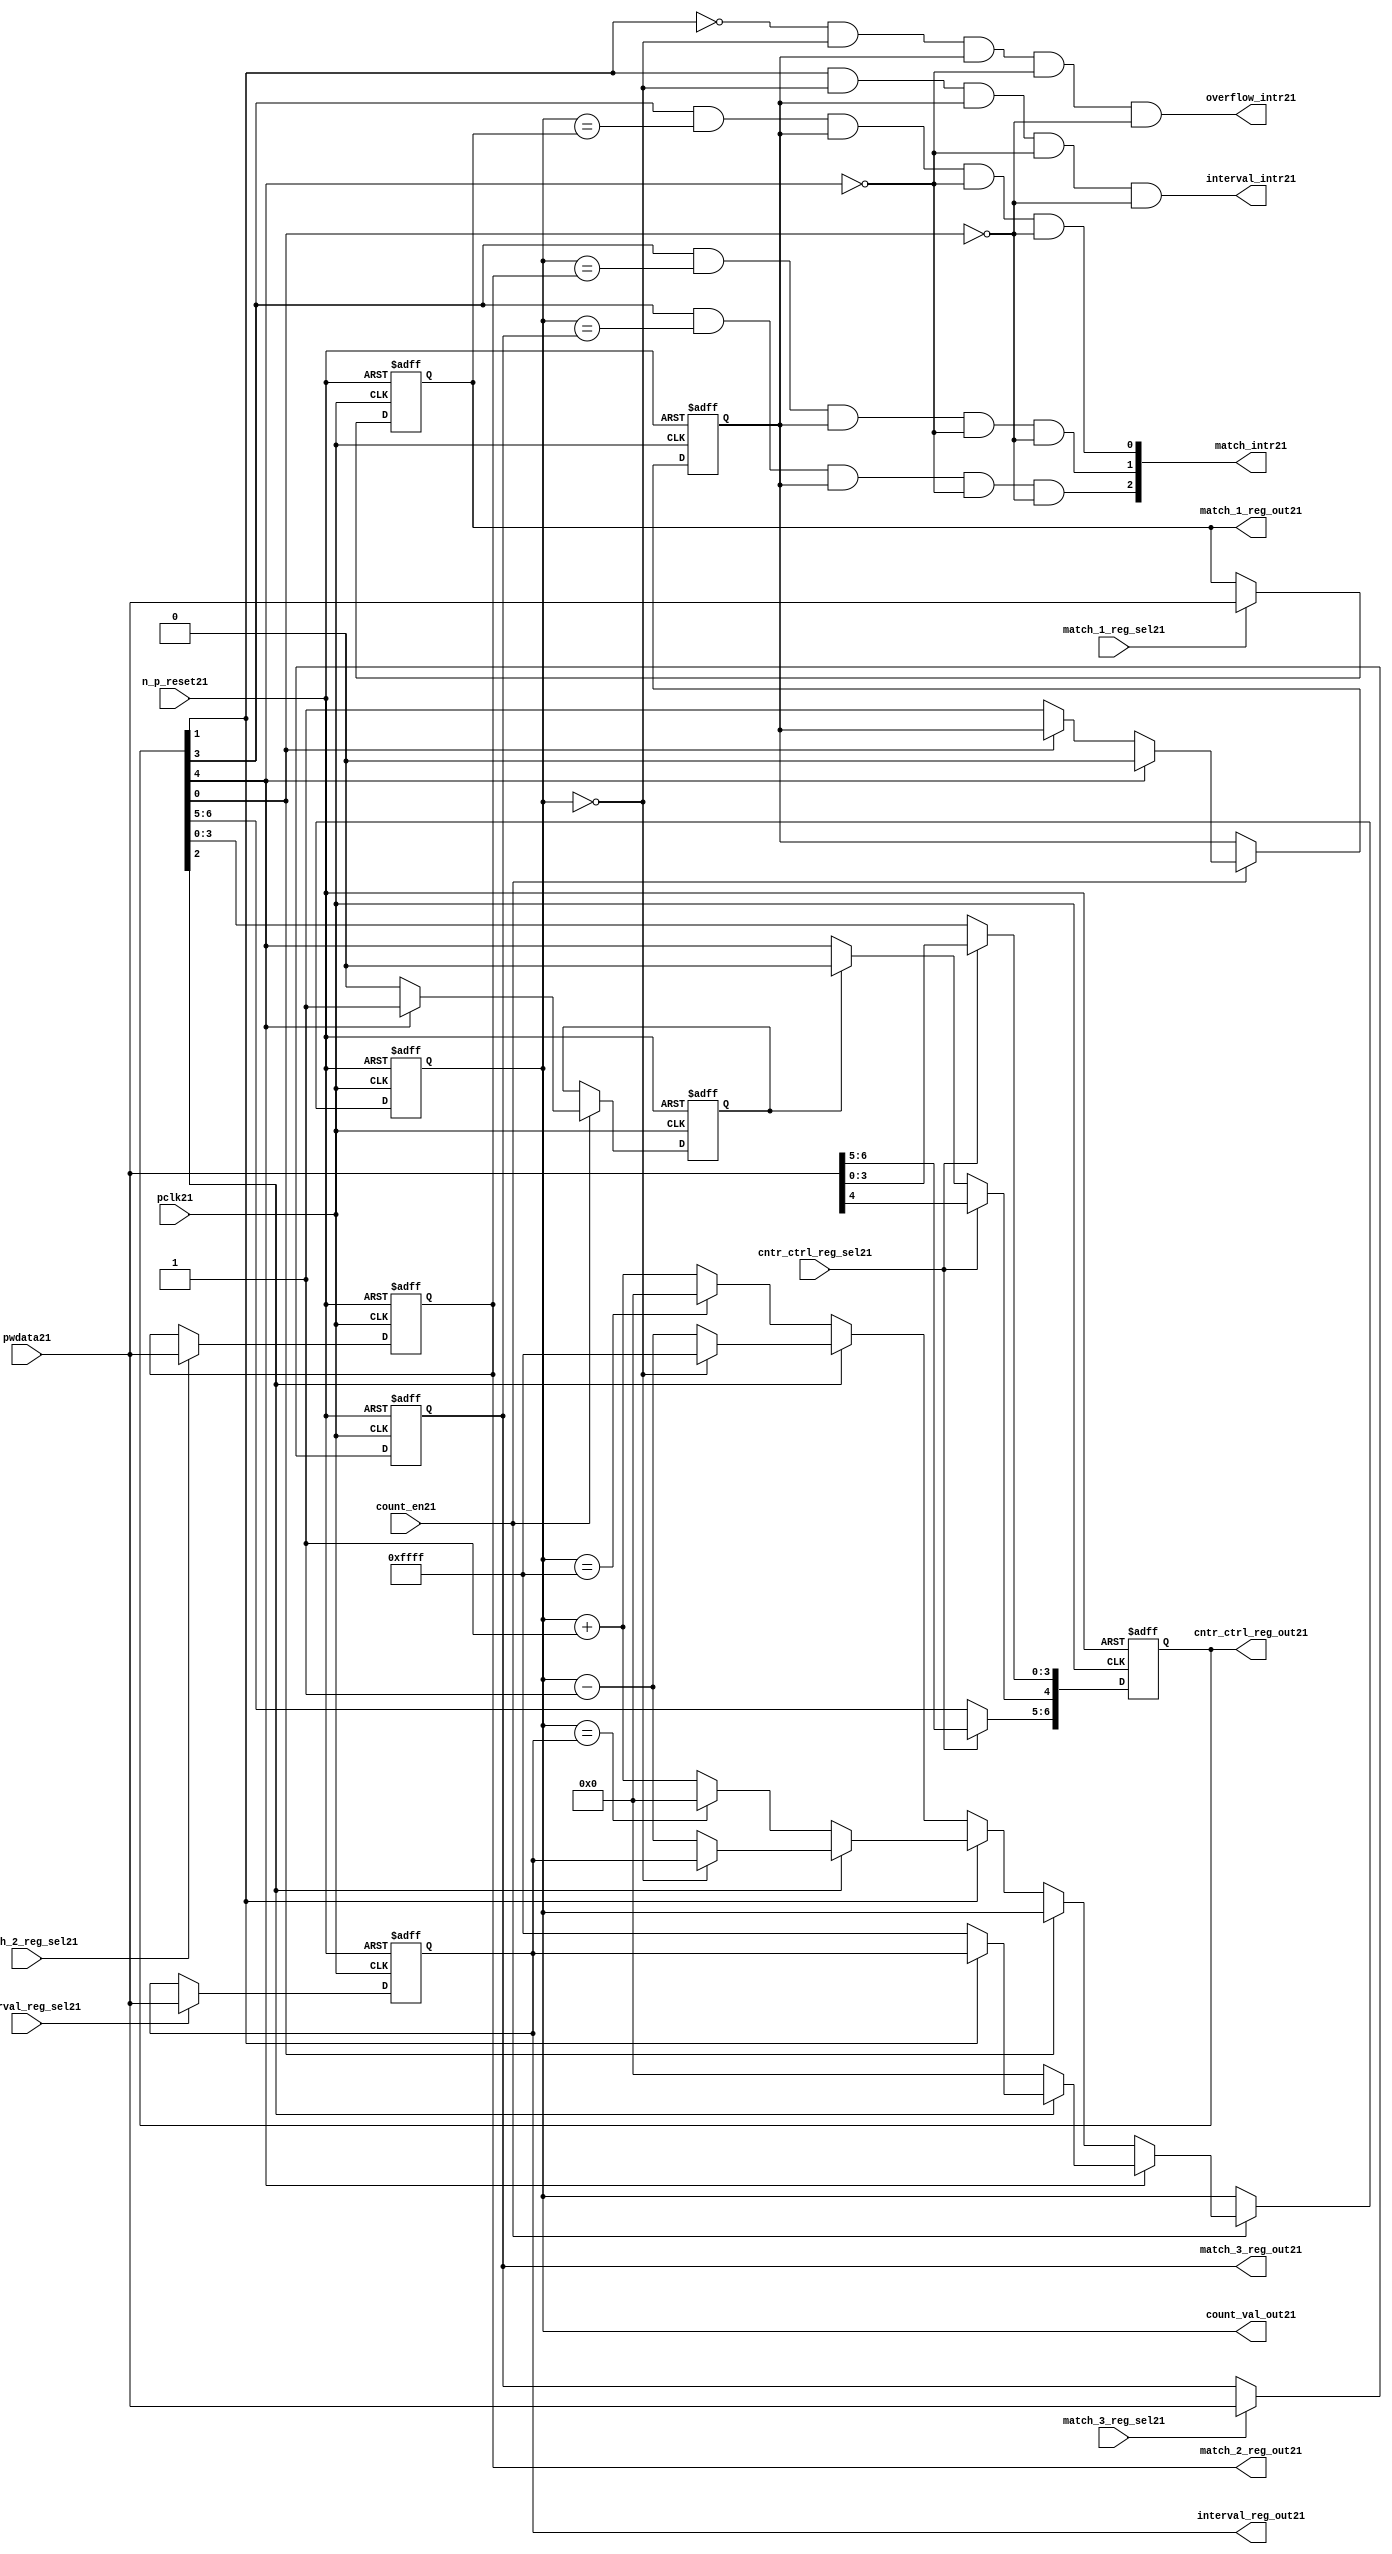
//File21 name   : ttc_counter_lite21.v
//Title21       : 
//Created21     : 1999
//Description21 :The counter can increment and decrement.
//   In increment mode instead of counting21 to its full 16 bit
//   value the counter counts21 up to or down from a programmed21 interval21 value.
//   Interrupts21 are issued21 when the counter overflows21 or reaches21 it's interval21
//   value. In match mode if the count value equals21 that stored21 in one of three21
//   match registers an interrupt21 is issued21.
//Notes21       : 
//----------------------------------------------------------------------
//   Copyright21 1999-2010 Cadence21 Design21 Systems21, Inc21.
//   All Rights21 Reserved21 Worldwide21
//
//   Licensed21 under the Apache21 License21, Version21 2.0 (the
//   "License21"); you may not use this file except21 in
//   compliance21 with the License21.  You may obtain21 a copy of
//   the License21 at
//
//       http21://www21.apache21.org21/licenses21/LICENSE21-2.0
//
//   Unless21 required21 by applicable21 law21 or agreed21 to in
//   writing, software21 distributed21 under the License21 is
//   distributed21 on an "AS21 IS21" BASIS21, WITHOUT21 WARRANTIES21 OR21
//   CONDITIONS21 OF21 ANY21 KIND21, either21 express21 or implied21.  See
//   the License21 for the specific21 language21 governing21
//   permissions21 and limitations21 under the License21.
//----------------------------------------------------------------------
//


module ttc_counter_lite21(

  //inputs21
  n_p_reset21,    
  pclk21,          
  pwdata21,              
  count_en21,
  cntr_ctrl_reg_sel21, 
  interval_reg_sel21,
  match_1_reg_sel21,
  match_2_reg_sel21,
  match_3_reg_sel21,         

  //outputs21    
  count_val_out21,
  cntr_ctrl_reg_out21,
  interval_reg_out21,
  match_1_reg_out21,
  match_2_reg_out21,
  match_3_reg_out21,
  interval_intr21,
  match_intr21,
  overflow_intr21

);


//--------------------------------------------------------------------
// PORT DECLARATIONS21
//--------------------------------------------------------------------

   //inputs21
   input          n_p_reset21;         //reset signal21
   input          pclk21;              //System21 Clock21
   input [15:0]   pwdata21;            //6 Bit21 data signal21
   input          count_en21;          //Count21 enable signal21
   input          cntr_ctrl_reg_sel21; //Select21 bit for ctrl_reg21
   input          interval_reg_sel21;  //Interval21 Select21 Register
   input          match_1_reg_sel21;   //Match21 1 Select21 register
   input          match_2_reg_sel21;   //Match21 2 Select21 register
   input          match_3_reg_sel21;   //Match21 3 Select21 register

   //outputs21
   output [15:0]  count_val_out21;        //Value for counter reg
   output [6:0]   cntr_ctrl_reg_out21;    //Counter21 control21 reg select21
   output [15:0]  interval_reg_out21;     //Interval21 reg
   output [15:0]  match_1_reg_out21;      //Match21 1 register
   output [15:0]  match_2_reg_out21;      //Match21 2 register
   output [15:0]  match_3_reg_out21;      //Match21 3 register
   output         interval_intr21;        //Interval21 interrupt21
   output [3:1]   match_intr21;           //Match21 interrupt21
   output         overflow_intr21;        //Overflow21 interrupt21

//--------------------------------------------------------------------
// Internal Signals21 & Registers21
//--------------------------------------------------------------------

   reg [6:0]      cntr_ctrl_reg21;     // 5-bit Counter21 Control21 Register
   reg [15:0]     interval_reg21;      //16-bit Interval21 Register 
   reg [15:0]     match_1_reg21;       //16-bit Match_121 Register
   reg [15:0]     match_2_reg21;       //16-bit Match_221 Register
   reg [15:0]     match_3_reg21;       //16-bit Match_321 Register
   reg [15:0]     count_val21;         //16-bit counter value register
                                                                      
   
   reg            counting21;          //counter has starting counting21
   reg            restart_temp21;   //ensures21 soft21 reset lasts21 1 cycle    
   
   wire [6:0]     cntr_ctrl_reg_out21; //7-bit Counter21 Control21 Register
   wire [15:0]    interval_reg_out21;  //16-bit Interval21 Register 
   wire [15:0]    match_1_reg_out21;   //16-bit Match_121 Register
   wire [15:0]    match_2_reg_out21;   //16-bit Match_221 Register
   wire [15:0]    match_3_reg_out21;   //16-bit Match_321 Register
   wire [15:0]    count_val_out21;     //16-bit counter value register

//-------------------------------------------------------------------
// Assign21 output wires21
//-------------------------------------------------------------------

   assign cntr_ctrl_reg_out21 = cntr_ctrl_reg21;    // 7-bit Counter21 Control21
   assign interval_reg_out21  = interval_reg21;     // 16-bit Interval21
   assign match_1_reg_out21   = match_1_reg21;      // 16-bit Match_121
   assign match_2_reg_out21   = match_2_reg21;      // 16-bit Match_221 
   assign match_3_reg_out21   = match_3_reg21;      // 16-bit Match_321 
   assign count_val_out21     = count_val21;        // 16-bit counter value
   
//--------------------------------------------------------------------
// Assigning21 interrupts21
//--------------------------------------------------------------------

   assign interval_intr21 =  cntr_ctrl_reg21[1] & (count_val21 == 16'h0000)
      & (counting21) & ~cntr_ctrl_reg21[4] & ~cntr_ctrl_reg21[0];
   assign overflow_intr21 = ~cntr_ctrl_reg21[1] & (count_val21 == 16'h0000)
      & (counting21) & ~cntr_ctrl_reg21[4] & ~cntr_ctrl_reg21[0];
   assign match_intr21[1]  =  cntr_ctrl_reg21[3] & (count_val21 == match_1_reg21)
      & (counting21) & ~cntr_ctrl_reg21[4] & ~cntr_ctrl_reg21[0];
   assign match_intr21[2]  =  cntr_ctrl_reg21[3] & (count_val21 == match_2_reg21)
      & (counting21) & ~cntr_ctrl_reg21[4] & ~cntr_ctrl_reg21[0];
   assign match_intr21[3]  =  cntr_ctrl_reg21[3] & (count_val21 == match_3_reg21)
      & (counting21) & ~cntr_ctrl_reg21[4] & ~cntr_ctrl_reg21[0];


//    p_reg_ctrl21: Process21 to write to the counter control21 registers
//    cntr_ctrl_reg21 decode:  0 - Counter21 Enable21 Active21 Low21
//                           1 - Interval21 Mode21 =1, Overflow21 =0
//                           2 - Decrement21 Mode21
//                           3 - Match21 Mode21
//                           4 - Restart21
//                           5 - Waveform21 enable active low21
//                           6 - Waveform21 polarity21
   
   always @ (posedge pclk21 or negedge n_p_reset21)
   begin: p_reg_ctrl21  // Register writes
      
      if (!n_p_reset21)                                   
      begin                                     
         cntr_ctrl_reg21 <= 7'b0000001;
         interval_reg21  <= 16'h0000;
         match_1_reg21   <= 16'h0000;
         match_2_reg21   <= 16'h0000;
         match_3_reg21   <= 16'h0000;  
      end    
      else 
      begin
         if (cntr_ctrl_reg_sel21)
            cntr_ctrl_reg21 <= pwdata21[6:0];
         else if (restart_temp21)
            cntr_ctrl_reg21[4]  <= 1'b0;    
         else 
            cntr_ctrl_reg21 <= cntr_ctrl_reg21;             

         interval_reg21  <= (interval_reg_sel21) ? pwdata21 : interval_reg21;
         match_1_reg21   <= (match_1_reg_sel21)  ? pwdata21 : match_1_reg21;
         match_2_reg21   <= (match_2_reg_sel21)  ? pwdata21 : match_2_reg21;
         match_3_reg21   <= (match_3_reg_sel21)  ? pwdata21 : match_3_reg21;   
      end
      
   end  //p_reg_ctrl21

   
//    p_cntr21: Process21 to increment or decrement the counter on receiving21 a 
//            count_en21 signal21 from the pre_scaler21. Count21 can be restarted21
//            or disabled and can overflow21 at a specified interval21 value.
   
   
   always @ (posedge pclk21 or negedge n_p_reset21)
   begin: p_cntr21   // Counter21 block

      if (!n_p_reset21)     //System21 Reset21
      begin                     
         count_val21 <= 16'h0000;
         counting21  <= 1'b0;
         restart_temp21 <= 1'b0;
      end
      else if (count_en21)
      begin
         
         if (cntr_ctrl_reg21[4])     //Restart21
         begin     
            if (~cntr_ctrl_reg21[2])  
               count_val21         <= 16'h0000;
            else
            begin
              if (cntr_ctrl_reg21[1])
                 count_val21         <= interval_reg21;     
              else
                 count_val21         <= 16'hFFFF;     
            end
            counting21       <= 1'b0;
            restart_temp21   <= 1'b1;

         end
         else 
         begin
            if (!cntr_ctrl_reg21[0])          //Low21 Active21 Counter21 Enable21
            begin

               if (cntr_ctrl_reg21[1])  //Interval21               
                  if (cntr_ctrl_reg21[2])  //Decrement21        
                  begin
                     if (count_val21 == 16'h0000)
                        count_val21 <= interval_reg21;  //Assumed21 Static21
                     else
                        count_val21 <= count_val21 - 16'h0001;
                  end
                  else                   //Increment21
                  begin
                     if (count_val21 == interval_reg21)
                        count_val21 <= 16'h0000;
                     else           
                        count_val21 <= count_val21 + 16'h0001;
                  end
               else    
               begin  //Overflow21
                  if (cntr_ctrl_reg21[2])   //Decrement21
                  begin
                     if (count_val21 == 16'h0000)
                        count_val21 <= 16'hFFFF;
                     else           
                        count_val21 <= count_val21 - 16'h0001;
                  end
                  else                    //Increment21
                  begin
                     if (count_val21 == 16'hFFFF)
                        count_val21 <= 16'h0000;
                     else           
                        count_val21 <= count_val21 + 16'h0001;
                  end 
               end
               counting21  <= 1'b1;
            end     
            else
               count_val21 <= count_val21;   //Disabled21
   
            restart_temp21 <= 1'b0;
      
         end
     
      end // if (count_en21)

      else
      begin
         count_val21    <= count_val21;
         counting21     <= counting21;
         restart_temp21 <= restart_temp21;               
      end
     
   end  //p_cntr21

endmodule